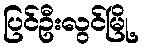
ပြင်ဦးလွင်မြို့